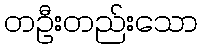
တဦးတည်းသော